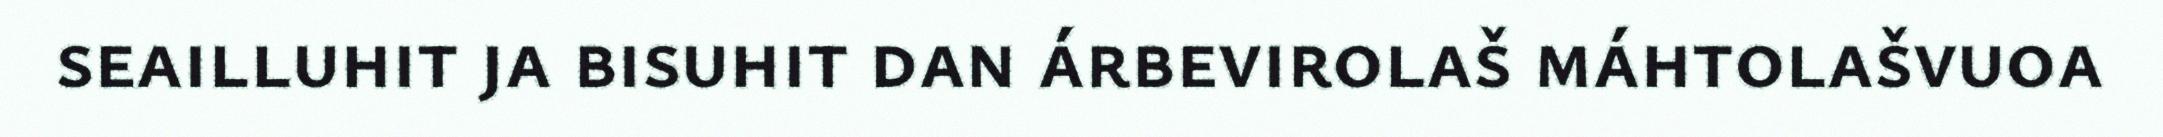
seailluhit ja bisuhit dan árbevirolaš máhtolašvuoa